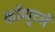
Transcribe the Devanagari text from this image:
कॉम्पुटर्स